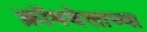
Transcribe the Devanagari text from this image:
क्रॉमवेलाच्या